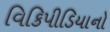
વિકિપીડિયાનો